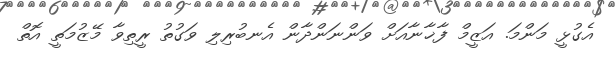
އެގުޅީ މަންމަ. އަޒީމް ފާޚާނާއަށް ވަންނަންދާން އެނބުރިލި ވަގުތު ރީތިވާ މޭޒުމަތީ އޮތް